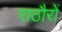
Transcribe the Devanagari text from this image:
राठौरों